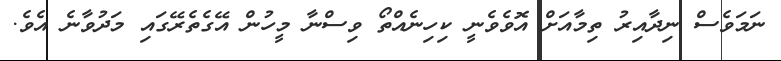
ނަމަވެސް ނިދާއިރު ތިމާއަށް އޮވެވެނީ ކިހިނެއްތޯ ވިސްނާ މީހުން އޭގެތެރޭގައި މަދުވާނެ އެވެ.